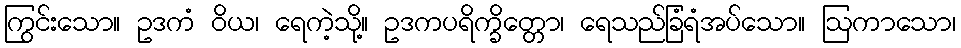
ကြွင်းသော။ ဥဒကံ ဝိယ၊ ရေကဲ့သို့။ ဥဒကပရိက္ခိတ္တော၊ ရေသည်ခြံရံအပ်သော။ ဩကာသော၊